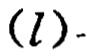
$(l)$